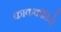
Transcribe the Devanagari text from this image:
काककोडिसे